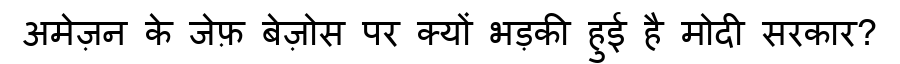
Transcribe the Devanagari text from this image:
अमेज़न के जेफ़ बेज़ोस पर क्यों भड़की हुई है मोदी सरकार?